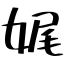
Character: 娓